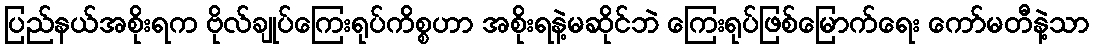
ပြည်နယ်အစိုးရက ဗိုလ်ချုပ်ကြေးရုပ်ကိစ္စဟာ အစိုးရနဲ့မဆိုင်ဘဲ ကြေးရုပ်ဖြစ်မြောက်ရေး ကော်မတီနဲ့သာ